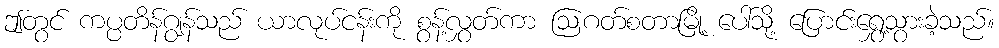
ဤတွင် ကပ္ပတိန်ဂျွန်သည် ယာလုပ်ငန်းကို စွန့်လွှတ်ကာ ဩဂတ်စတာမြို့ ပေါ်သို့ ပြောင်းရွှေ့သွားခဲ့သည်။